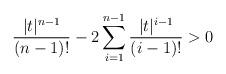
LaTeX: \begin{align*}\frac{|t|^{n-1}}{(n-1)!} - 2\sum^{n-1}_{i=1}\frac{|t|^{i-1}}{(i-1)!} > 0 \end{align*}